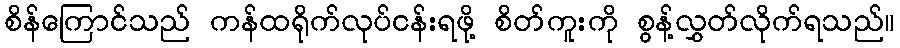
စိန်ကြောင်သည် ကန်ထရိုက်လုပ်ငန်းရဖို့ စိတ်ကူးကို စွန့်လွှတ်လိုက်ရသည်။